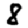
Digit: 8